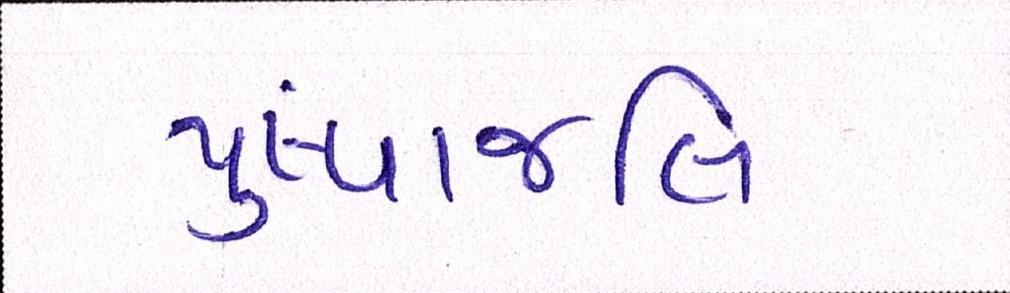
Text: પુંષ્પાજલિ